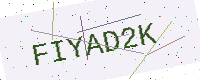
Text: FIYAD2K